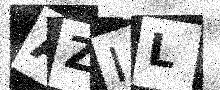
Text: AZIL